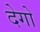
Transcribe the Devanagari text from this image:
देगो